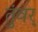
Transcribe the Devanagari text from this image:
तुंवर्